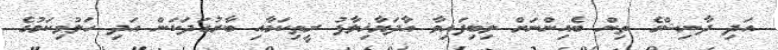
އަދި ދާނިޝްގެ ތިން ބެއިންނަށް ލިބިފައިވާ އާދަޔާޚިލާފު ރީތިކަމާއި ބާރުގަދަކަން އަދި ހަލުވިކަމުގެ